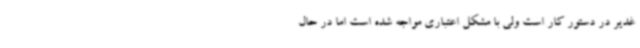
غدیر در دستور کار است ولی با مشکل اعتباری مواجه شده است اما در حال